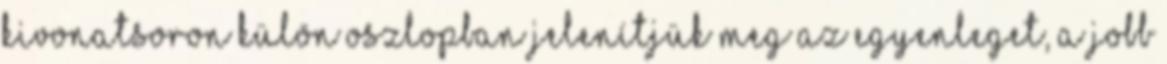
kivonatsoron külön oszlopban jelenítjük meg az egyenleget, a jobb